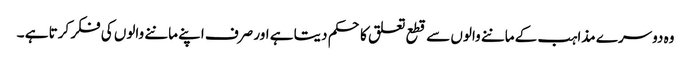
وہ دوسرے مذاہب کے ماننے والوں سے قطع تعلق کا حکم دیتا ہے اور صرف اپنے ماننے والوں کی فکر کرتا ہے ۔